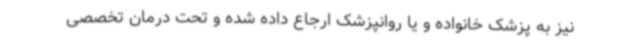
نیز به پزشک خانواده و یا روانپزشک ارجاع داده شده و تحت درمان تخصصی